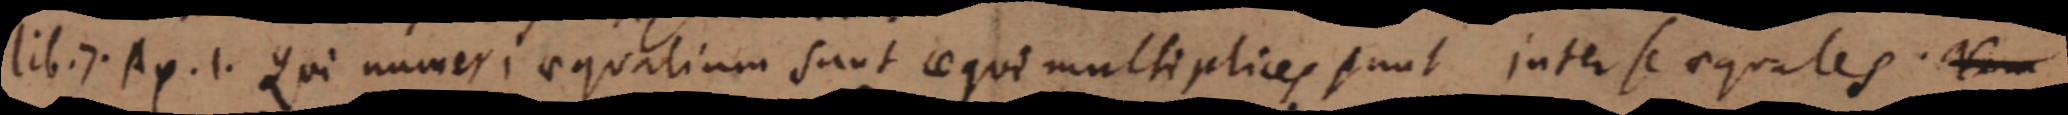
lib. 7. Ax. 1. Qui numeri aequalium sunt aequi multiplices sunt inter se aequales. Num